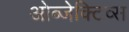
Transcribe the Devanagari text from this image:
ओब्जेक्टिव्स